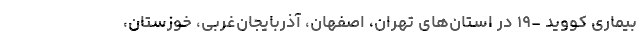
بیماری کووید -۱۹ در استان‌های تهران، اصفهان، آذربایجان‌غربی، خوزستان،